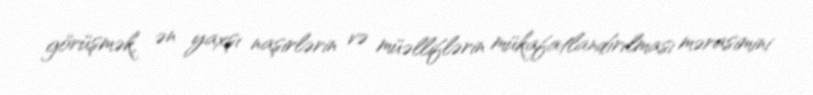
görüşmək, ən yaxşı naşirlərin və müəlliflərin mükafatlandırılması mərasimini